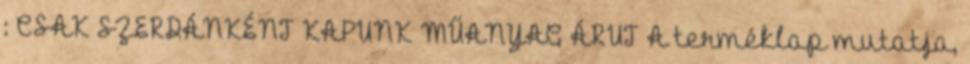
: CSAK SZERDÁNKÉNT KAPUNK MŰANYAG ÁRUT A terméklap mutatja,